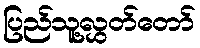
ပြည်သူ့လွှတ်တော်